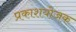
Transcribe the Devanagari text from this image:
प्रकाशयोजक